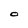
Character: O